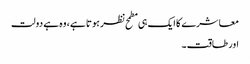
معاشرے کا ایک ہی مطمح نظر ہوتا ہے، وہ ہے دولت
اور طاقت۔